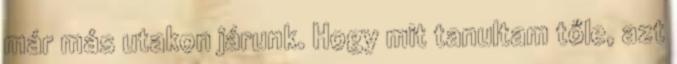
már más utakon járunk. Hogy mit tanultam tőle, azt